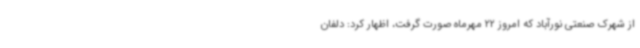
از شهرک صنعتی نورآباد که امروز 22 مهرماه صورت گرفت، اظهار کرد: دلفان